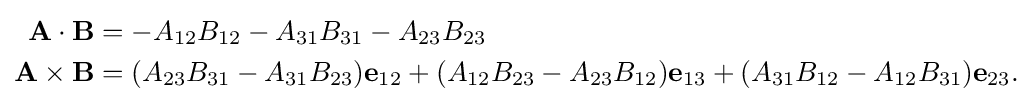
{\begin{aligned}\mathbf {A} \cdot \mathbf {B} &=-A_{12}B_{12}-A_{31}B_{31}-A_{23}B_{23}\\\mathbf {A} \times \mathbf {B} &=(A_{23}B_{31}-A_{31}B_{23})\mathbf {e} _{12}+(A_{12}B_{23}-A_{23}B_{12})\mathbf {e} _{13}+(A_{31}B_{12}-A_{12}B_{31})\mathbf {e} _{23}.\end{aligned}}